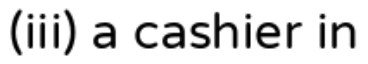
(iii) a cashier in